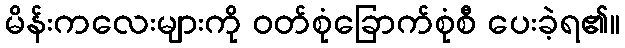
မိန်းကလေးများကို ဝတ်စုံခြောက်စုံစီ ပေးခဲ့ရ၏။